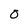
Character: O